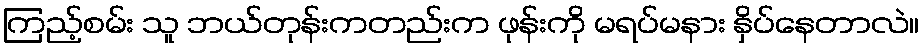
ကြည့်စမ်း သူ ဘယ်တုန်းကတည်းက ဖုန်းကို မရပ်မနား နှိပ်နေတာလဲ။